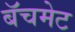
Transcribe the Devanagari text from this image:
बॅचमेट